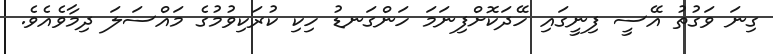
ގިނަ ވަގުތު އޭސީ ފިނީގައި ހޭދަކޮށްފިނަމަ ހަންގަނޑު ހިކި ކުރަކިވުމުގެ މައްސަލަ ދިމާވެއެވެ.